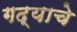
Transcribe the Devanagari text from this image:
गद्याचे